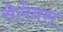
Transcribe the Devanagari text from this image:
सेलेबस